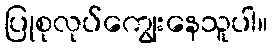
ပြုစုလုပ်ကျွေးနေသူပါ။